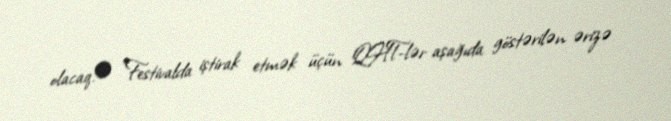
olacaq.• Festivalda iştirak etmək üçün QHT-lər aşağıda göstərilən ərizə